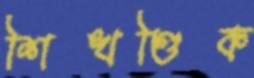
শিখণ্ডিক